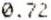
0.72